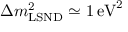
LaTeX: \Delta m _ { \mathrm { L S N D } } ^ { 2 } \simeq 1 \, { \mathrm { e V } } ^ { 2 }